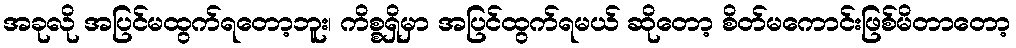
အခုလို အပြင်မထွက်ရတော့ဘူး၊ ကိစ္စရှိမှာ အပြင်ထွက်ရမယ် ဆိုတော့ စိတ်မကောင်းဖြစ်မိတာတော့